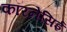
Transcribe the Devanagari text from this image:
कॉरनेसिई